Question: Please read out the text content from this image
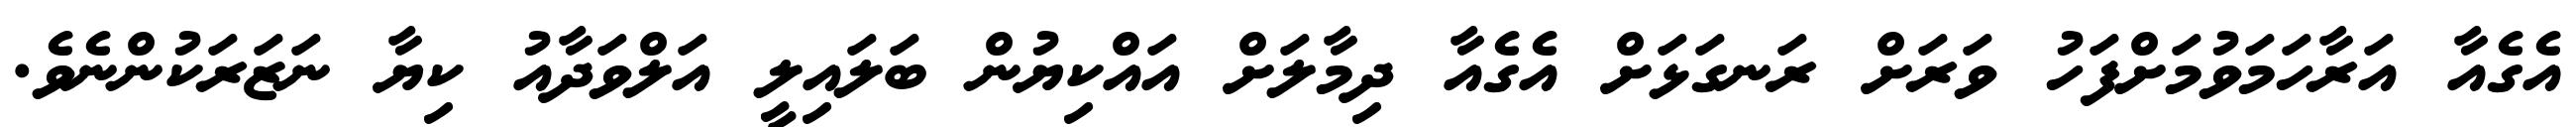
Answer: އެގެއާ އަރާހަމަވުމަށްފަހު ވަރަށް ރަނގަޅަށް އެގެއާ ދިމާލަށް އައްކިޔުން ބަލައިލީ އަލްވަދާއު ކިޔާ ނަޒަރަކުންނެވެ.